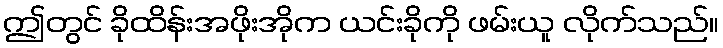
ဤတွင် ခိုထိန်းအဖိုးအိုက ယင်းခိုကို ဖမ်းယူ လိုက်သည်။